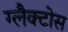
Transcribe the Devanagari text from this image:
ग्लैक्टोस